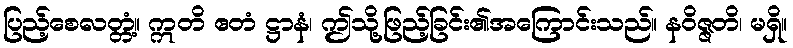
ပြည့်စေလတ္တံ့။ ဣတိ ဧတံ ဋ္ဌာနံ၊ ဤသို့ဖြည့်ခြင်း၏အကြောင်းသည်။ နဝိဇ္ဇတိ၊ မရှိ။